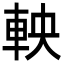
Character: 軮